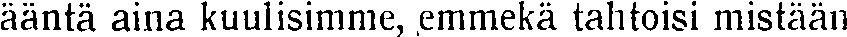
ääntä aina kuulisimme, emmekä tahtoisi mistään